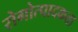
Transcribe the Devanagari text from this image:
रोगोत्पादकता